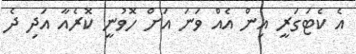
އެ ކެޓަގަރީ އިން އެއް ވަނަ އަށް ހޮވުނީ ކޮރެއާ އަދި ދެ